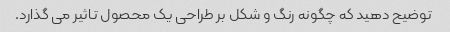
توضیح دهید که چگونه رنگ و شکل بر طراحی یک محصول تاثیر می گذارد.